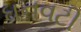
ઘનવટી